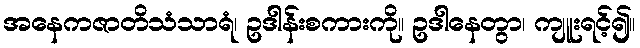
အနေကဇာတိသံသာရံ၊ ဥဒါန်းစကားကို။ ဥဒါနေတွာ၊ ကျူးရင့်၍။